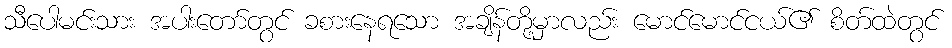
သီပေါမင်းသား အပါးတော်တွင် ခစားနေရသော အချိန်တို့မှာလည်း မောင်မောင်ငယ်၏ စိတ်ထဲတွင်